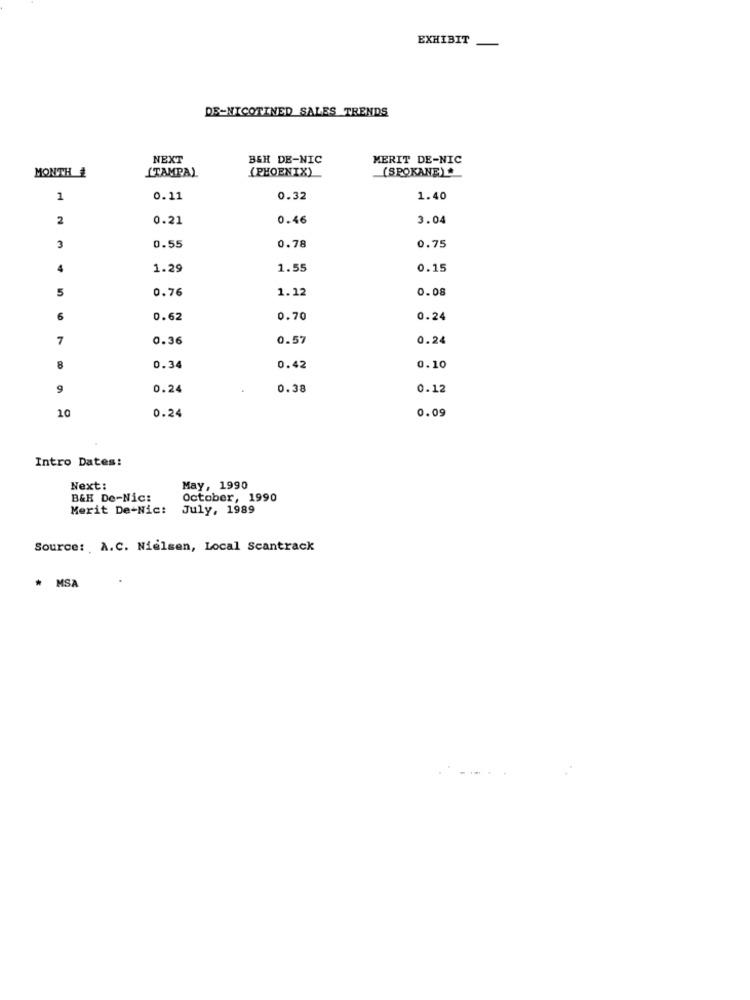
EXHIBIT
DE-NICOTINED SALES TRENDS
NEXT
BEH DE-NIC
MERIT DE-NIC
MONTH #
STAMPA)
(PHOENIX)
(SPOKANE).
1
0.11
0.32
1.40
2
0.21
0.46
3.04
3
0.55
0.78
0.75
4
1.29
1.55
0.15
5
0.76
1.12
0.08
6
0.62
0.70
0.24
7
0.36
0.57
0.24
8
0.34
0.42
0.10
9
0.24
0.38
0.12
10
0.24
0.09
Intro Dates:
Next:
May, 1990
B&K De-Nic:
October, 1990
Merit De-Nic:
July, 1989
Source: A.C. Nielsen, Local Scantrack
* MSA